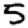
Digit: 5